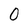
Character: 0